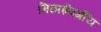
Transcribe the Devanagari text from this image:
मिठाईवर्गीय